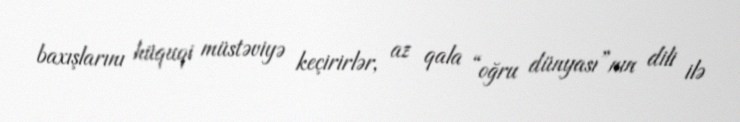
baxışlarını hüquqi müstəviyə keçirirlər, az qala “oğru dünyası”nın dili ilə